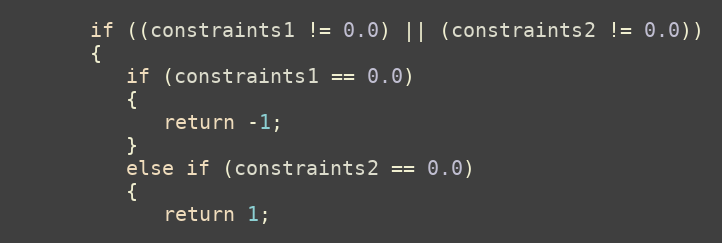
Language: Java
      if ((constraints1 != 0.0) || (constraints2 != 0.0))
      {
         if (constraints1 == 0.0)
         {
            return -1;
         }
         else if (constraints2 == 0.0)
         {
            return 1;